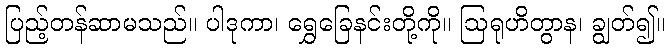
ပြည့်တန်ဆာမသည်။ ပါဒုကာ၊ ရွှေခြေနင်းတို့ကို။ ဩရုဟိတွာန၊ ချွတ်၍။